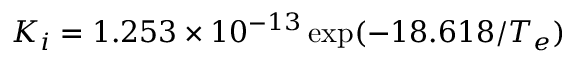
K _ { i } = 1 . 2 5 3 \times 1 0 ^ { - 1 3 } \exp ( { - 1 8 . 6 1 8 / T _ { e } } )